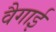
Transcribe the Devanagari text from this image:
वैगाई